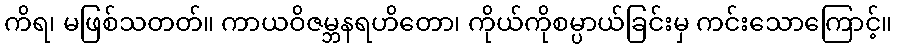
ကိရ၊ မဖြစ်သတတ်။ ကာယဝိဇမ္ဘနရဟိတော၊ ကိုယ်ကိုစမ္ပာယ်ခြင်းမှ ကင်းသောကြောင့်။